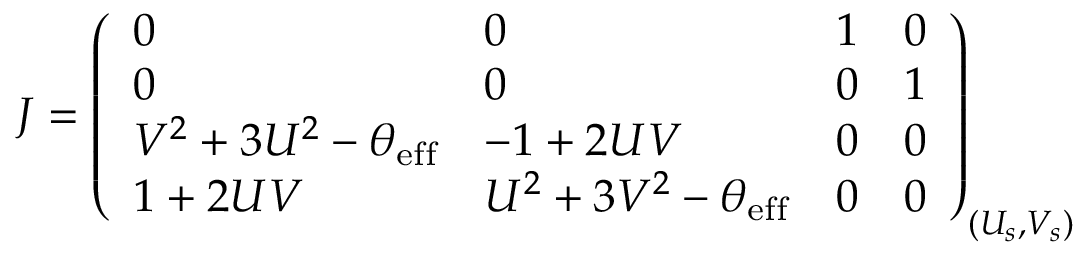
J = \left( \begin{array} { l l l l } { 0 } & { 0 } & { 1 } & { 0 } \\ { 0 } & { 0 } & { 0 } & { 1 } \\ { V ^ { 2 } + 3 U ^ { 2 } - \theta _ { \mathrm { e f f } } } & { - 1 + 2 U V } & { 0 } & { 0 } \\ { 1 + 2 U V } & { U ^ { 2 } + 3 V ^ { 2 } - \theta _ { \mathrm { e f f } } } & { 0 } & { 0 } \end{array} \right) _ { ( U _ { s } , V _ { s } ) }